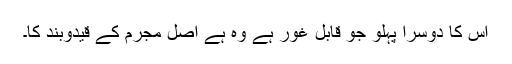
اس کا دوسرا پہلو جو قابل غور ہے وہ ہے اصل مجرم کے قیدوبند کا۔